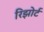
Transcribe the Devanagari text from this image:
रिझोर्ट